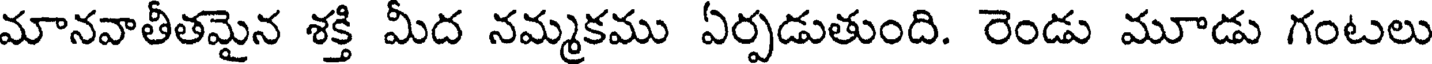
మానవాతీతమైన శక్తి మీద నమ్మకము ఏర్పడుతుంది. రెండు మూడు గంటలు